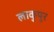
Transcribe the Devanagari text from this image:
लाकुयूर